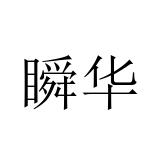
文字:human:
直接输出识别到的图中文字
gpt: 瞬华